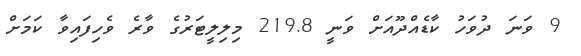
9 ވަނަ ދުވަހު ކާޑެއްދޫއަށް ވަނީ 219.8 މިލިލީޓަރުގެ ވާރެ ވެހިފައިވާ ކަމަށް